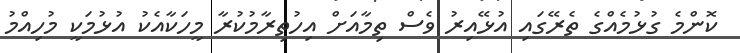
ކޮންމެ ގުޅުމެއްގެ ތެރޭގައި އުޅޭއިރު ވެސް ތިމާއަށް އިހުތިރާމުކުރާ މީހަކާއެކު އުޅުމަކީ މުހިއްމު